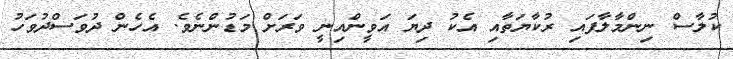
ކުލާސް ނިންމާލާފައި ރުކާޔަތާއި އެކު ދިޔަ އަވީންއިނީ ވަރަށް މަޑުންނެވެ. އެހެން ދުވަސްދުވަހު